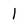
Character: 1